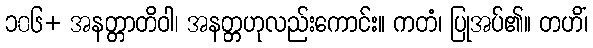
၁၀၆+ အနတ္တာတိဝါ၊ အနတ္တဟုလည်းကောင်း။ ကတံ၊ ပြုအပ်၏။ တဟိံ၊